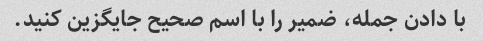
با دادن جمله، ضمیر را با اسم صحیح جایگزین کنید.